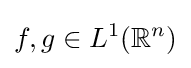
f,g\in L^{1}(\mathbb {R} ^{n})